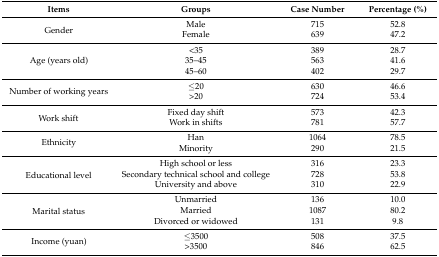
| Items | Groups | Case Number | Percentage (%) |
 | --- | --- | --- | --- |
 | <ROWSPAN=2> Gender | Male | 715 | 52.8 |
 | Female | 639 | 47.2 |
 | <ROWSPAN=3> Age (years old) | <35 | 389 | 28.7 |
 | 35–45 | 563 | 41.6 |
 | 45–60 | 402 | 29.7 |
 | <ROWSPAN=2> Number of working years | ≤20 | 630 | 46.6 |
 | >20 | 724 | 53.4 |
 | <ROWSPAN=2> Work shift | Fixed day shift | 573 | 42.3 |
 | Work in shifts | 781 | 57.7 |
 | <ROWSPAN=2> Ethnicity | Han | 1064 | 78.5 |
 | Minority | 290 | 21.5 |
 | <ROWSPAN=3> Educational level | High school or less | 316 | 23.3 |
 | Secondary technical school and college | 728 | 53.8 |
 | University and above | 310 | 22.9 |
 | <ROWSPAN=3> Marital status | Unmarried | 136 | 10.0 |
 | Married | 1087 | 80.2 |
 | Divorced or widowed | 131 | 9.8 |
 | <ROWSPAN=2> Income (yuan) | ≤3500 | 508 | 37.5 |
 | >3500 | 846 | 62.5 |